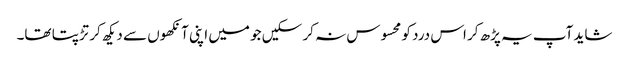
شاید آپ یہ پڑھ کر اس درد کو محسوس نہ کر سکیں جو میں اپنی آنکھوں سے دیکھ کر تڑپتا تھا۔